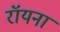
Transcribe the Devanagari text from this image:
रॉयना